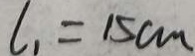
l _ { 1 } = 1 5 c m